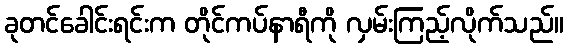
ခုတင်ခေါင်းရင်းက တိုင်ကပ်နာရီကို လှမ်းကြည့်လိုက်သည်။